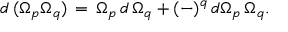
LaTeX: d \, ( \Omega _ { p } \Omega _ { q } ) \, = \, \Omega _ { p } \, d \, \Omega _ { q } + ( - ) ^ { q } \, d \Omega _ { p } \, \Omega _ { q } .